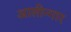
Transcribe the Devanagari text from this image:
आलीन्गार